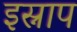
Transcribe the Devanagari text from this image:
इस्नाप